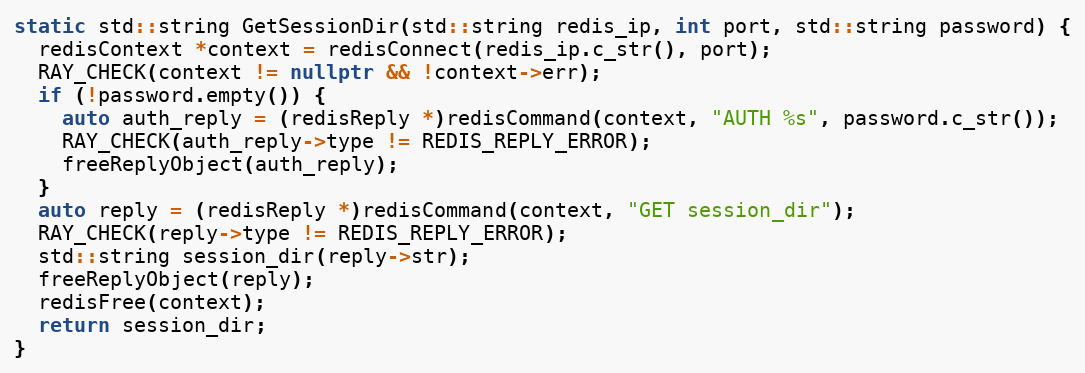
Language: C++
static std::string GetSessionDir(std::string redis_ip, int port, std::string password) {
  redisContext *context = redisConnect(redis_ip.c_str(), port);
  RAY_CHECK(context != nullptr && !context->err);
  if (!password.empty()) {
    auto auth_reply = (redisReply *)redisCommand(context, "AUTH %s", password.c_str());
    RAY_CHECK(auth_reply->type != REDIS_REPLY_ERROR);
    freeReplyObject(auth_reply);
  }
  auto reply = (redisReply *)redisCommand(context, "GET session_dir");
  RAY_CHECK(reply->type != REDIS_REPLY_ERROR);
  std::string session_dir(reply->str);
  freeReplyObject(reply);
  redisFree(context);
  return session_dir;
}